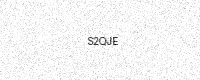
Text: S2QJE